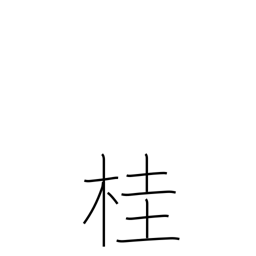
Meaning: Japanese Judas-tree